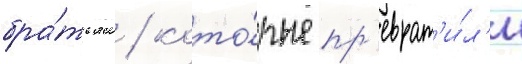
бра́тьям / кото́рые пр'еврат'и́л'и